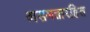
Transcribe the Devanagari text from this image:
असमतारहित